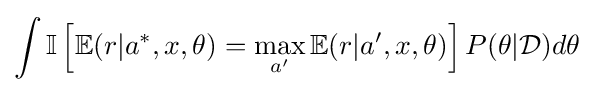
\int \mathbb {I} \left[\mathbb {E} (r|a^{\ast },x,\theta )=\max _{a'}\mathbb {E} (r|a',x,\theta )\right]P(\theta |{\mathcal {D}})d\theta